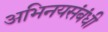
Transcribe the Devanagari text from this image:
अभिनयसंबंधी